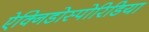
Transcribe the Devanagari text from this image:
ऐक्निडोस्पोरिडिया